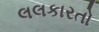
લલકારતો